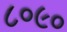
૮૦૯૦